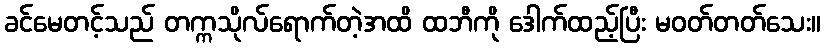
ခင်မေတင့်သည် တက္ကသိုလ်ရောက်တဲ့အထိ ထဘီကို ဒေါက်ထည့်ပြီး မဝတ်တတ်သေး။